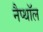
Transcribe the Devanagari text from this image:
नैप्थॉल